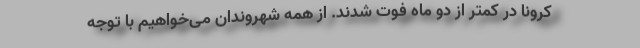
کرونا در کمتر از دو ماه فوت شدند. از همه شهروندان می‌خواهیم با توجه